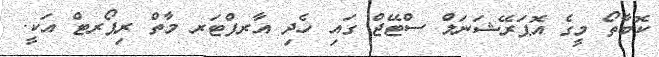
ކޮބާތޯ މީގެ އޮޕަރޭޝަނަލް ސްޓޭޖް ގައި ހެދި އާރފްޓަރ މާތް ރިޕޯރޓް އަކީ.